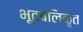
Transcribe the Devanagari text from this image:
भूतबलिकृत